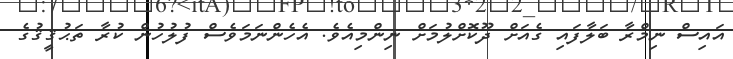
އައިސް ނިމްރާ ބަލާފައި ގެއަށް ދޫކޮށްލުމަށް ނިންމިއެވެ. އެހެންނަމަވެސް ފުލުހުން ކުރާ ތަޙުޤީޤުގެ